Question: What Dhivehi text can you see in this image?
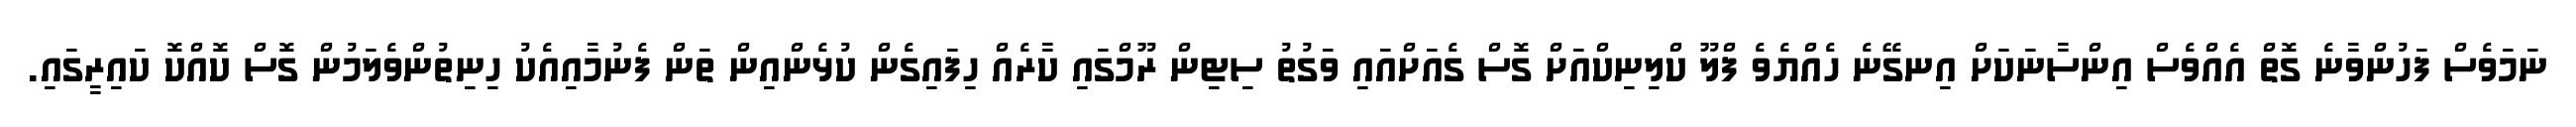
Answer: ނަމަވެސް ފަހުންވާނެ ގޮތް އެއްވެސް އިންސާނަކަށް އިނގޭނެ ހެއްޔެވެ ފްލޫ ކްލިނިކްއަށް ގޮސް ގެއަށްއައި ވަގުތު ސިޓިން ރޫމްގައި ކާރެއް ހިފައިގެން ކުޅެންއިން ތަން ފެނުމާއިއެކު ހިނިތުންވެލަމުން ގޮސް ކޮއްކޮ ކައިރީގައި.